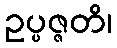
ဥပ္ပဇ္ဇတိ၊